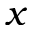
\boldsymbol x